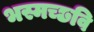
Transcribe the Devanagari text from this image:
भस्मच्छवि